General report no. 6 on the lunatic asylums, vaccination and dispensaries in the Bengal Presidency, 1873 -
Year: 1873
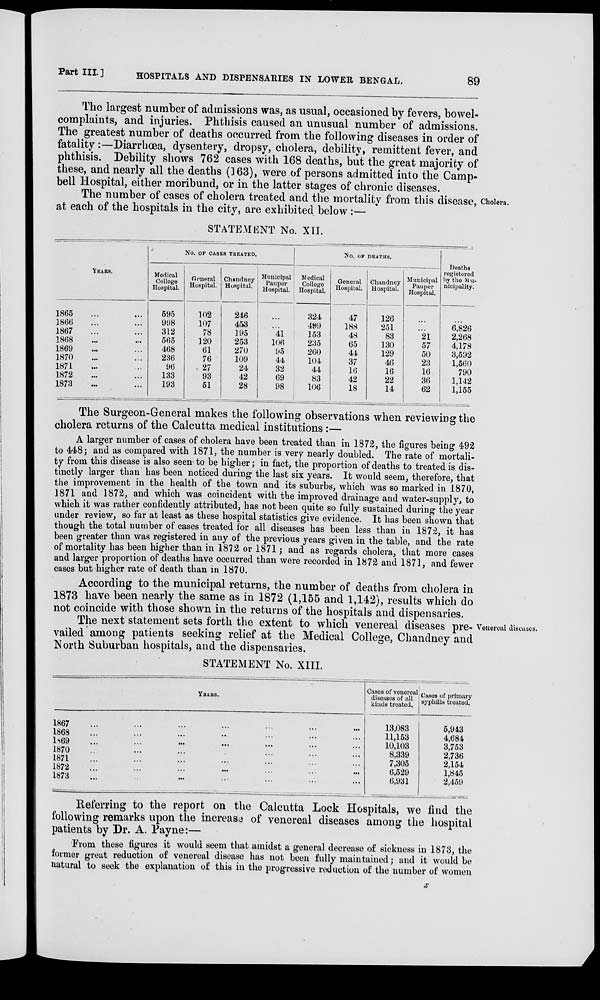
Part III.]
HOSPITALS AND DISPENSARIES IN LOWER BENGAL.
89
The largest number of admissions was, as usual, occasioned by fevers, bowel-
complaints, and injuries. Phthisis caused an unusual number of admissions.
The greatest number of deaths occurred from the following diseases in order of
fatality:—Diarrhœa, dysentery, dropsy, cholera, debility, remittent fever, and
phthisis. Debility shows 762 cases with 168 deaths, but the great majority of
these, and nearly all the deaths (163), were of persons admitted into the Camp-
bell Hospital, either moribund, or in the latter stages of chronic diseases.
Cholera.
The number of cases of cholera treated and the mortality from this disease,
at each of the hospitals in the city, are exhibited below :—
STATEMENT No. XII.
YEARS.
1865 ... ...
1866 ... ...
1867 ... ...
1868 ... ...
1869 ... ...
1870 ... ...
1871 ... ...
1872 ... ...
1873 ... ...
NO. OF CASES TREATED.
Medical
College
Hospital.
595
998
312
565
468
236
96
133
193
General
Hospital.
102
107
78
120
61
76
27
93
51
Chandney
Hospital.
246
453
195
253
270
109
24
42
28
Municipal
Pauper
Hospital.
...
...
41
106
95
44
32
69
98
NO. OF DEATHS.
Medical
College
Hospital.
324
499
153
235
260
104
44
83
106
General
Hospital.
47
188
48
65
44
37
16
42
18
Chandney
Hospital.
126
251
83
130
129
46
16
22
14
Municipal
Pauper
Hospital.
...
21
57
50
23
16
36
62
Deaths
registered
by the Mu¬
nicipality.
6,826
2,268
4,178
3,592
1,560
790
1,142
1,155
The Surgeon-General makes the following observations when reviewing the
cholera returns of the Calcutta medical institutions :—
A larger number of cases of cholera have been treated than in 1872, the figures being 492
to 448; and as compared with 1871, the number is very nearly doubled. The rate of mortali-
ty from this disease is also seen to be higher ; in fact, the proportion of deaths to treated is dis-
tinctly larger than has been noticed during the last six years. It would seem, therefore, that
the improvement in the health of the town and its suburbs, which was so marked in 1870,
1871 and 1872, and which was coincident with the improved drainage and water-supply, to
which it was rather confidently attributed, has not been quite so fully sustained during the year
under review, so far at least as these hospital statistics give evidence. It has been shown that
though the total number of cases treated for all diseases has been less than in 1872, it has
been greater than was registered in any of the previous years given in the table, and the rate
of mortality has been higher than in 1872 or 1871 ; and as regards cholera, that more cases
and larger proportion of deaths have occurred than were recorded in 1872 and 1871, and fewer
cases but higher rate of death than in 1870.
According to the municipal returns, the number of deaths from cholera in
1873 have been nearly the same as in 1872 (1,155 and 1,142), results which do
not coincide with those shown in the returns of the hospitals and dispensaries.
Venereal diseases.
The next statement sets forth the extent to which venereal diseases pre-
vailed among patients seeking relief at the Medical College, Chandney and
North Suburban hospitals, and the dispensaries.
STATEMENT No. XIII.
YEARS.
1867 ... ... ... ... ... ...
1868 ... ... ... ... ... ...
1S69 ... ... ... ... ... ...
1870 ... ... ... ... ... ...
1871 ... ... ... ... ... ...
1872 ... ... ... ... ... ...
1873 ... ... ... ... ... ...
Cases of venereal
diseases of all
kinds treated.
13,083
11,153
10,103
8,339
7,305
6,529
6,931
Cases of primary
syphilis treated.
5,943
4,684
3,753
2,736
2,154
1,845
2,459
Referring to the report on the Calcutta Lock Hospitals, we find the
following remarks upon the increase of venereal diseases among the hospital
patients by Dr. A. Payne:—
From these figures it would seem that amidst a general decrease of sickness in 1873, the
former great reduction of venereal disease has not been fully maintained; and it would be
natural to seek the explanation of this in the progressive reduction of the number of women
x